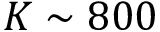
K \sim 8 0 0